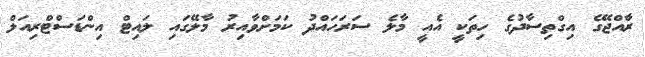
ރާްއްޖޭގެ އިގްތިސާދުގެ ހިތަކީ އެއީ މާލެ ސަރަހައްދު ކަމަށްވާއިރު މާލޭގައި ލައިޓް އިންޑަސްޓްރިއަލް